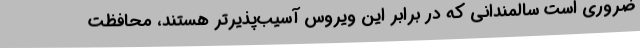
ضروری است سالمندانی که در برابر این ویروس آسیب‌پذیرتر هستند، محافظت